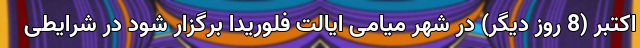
اکتبر (8 روز دیگر) در شهر میامی ایالت فلوریدا برگزار شود در شرایطی